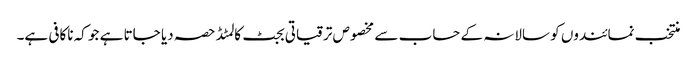
منتخب نمائندوں کو سالانہ کے حساب سے مخصوص ترقیاتی بجٹ کا لمٹڈ حصہ دیا جاتا ہے جو کہ ناکافی ہے۔